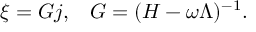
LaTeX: \xi = { \cal G } j , \; \; \; { \cal G } = ( { \cal H } - \omega \Lambda ) ^ { - 1 } .